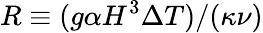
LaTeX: R\equiv(g\alpha H^{3}\Delta T)/(\kappa\nu)